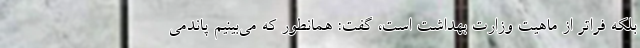
بلکه فراتر از ماهیت وزارت بهداشت است، گفت: همانطور که می‌بینیم پاندمی